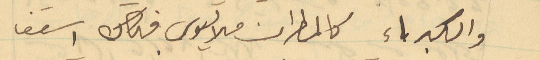
والكبراء كالمطران ملاتيوس فكان اسقف